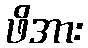
ဖိအား